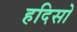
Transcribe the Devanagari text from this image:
हदिसो